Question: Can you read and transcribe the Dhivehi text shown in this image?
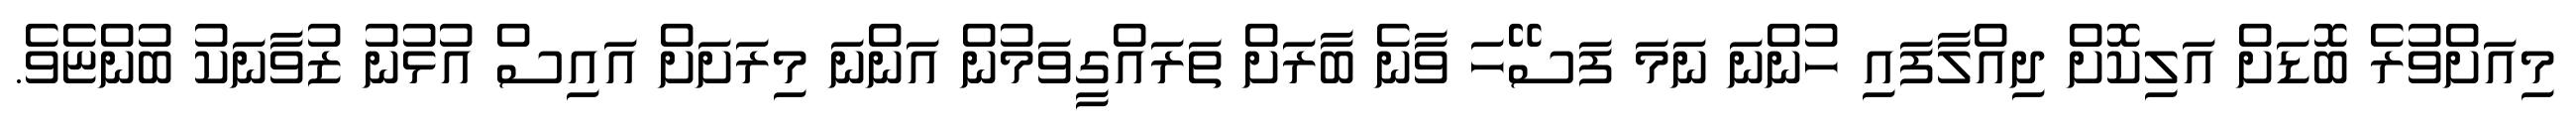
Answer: މިއަށްވުރެ ބޮޑަށް އަލިކޮށް ދިއްލާފައި ހުންނަ ނަމަ ފަސޭހަ ވާނެ ބާރަށް ތަރައްގީވަމުން އަންނަ މިރަށަށް އައިސް އުޅުނު ޒުވާނަކު ބުންޏެވެ.